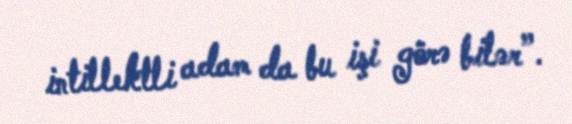
intillektli adam da bu işi görə bilər”.